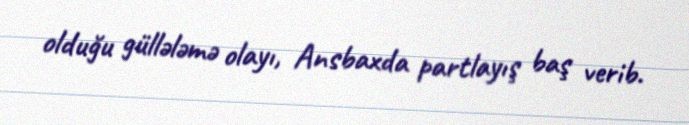
olduğu güllələmə olayı, Ansbaxda partlayış baş verib.